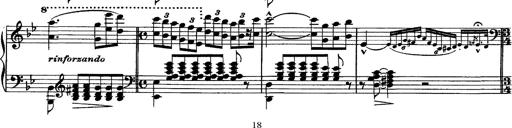
Title: Piano Sonata
Composer: Karl HÃ¤ssler
Key: C major